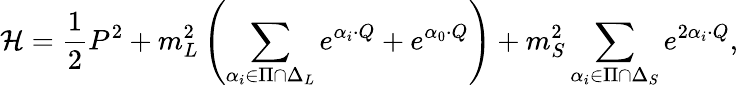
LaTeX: {\cal H}={\frac{1}{2}}P^{2}+m_{L}^{2}\left(\sum_{\alpha_{i}\in\Pi\cap\Delta_{L}}e^{\alpha_{i}\cdot Q}+e^{\alpha_{0}\cdot Q}\right)+m_{S}^{2}\sum_{\alpha_{i}\in\Pi\cap\Delta_{S}}e^{2\alpha_{i}\cdot Q},